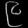
Digit: ၉